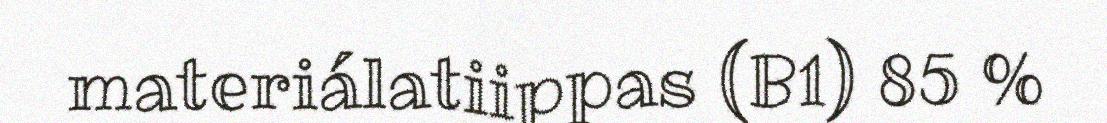
materiálatiippas (B1) 85 %